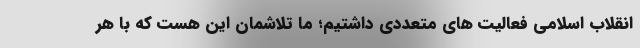
انقلاب اسلامی فعالیت های متعددی داشتیم؛ ما تلاشمان این هست که با هر